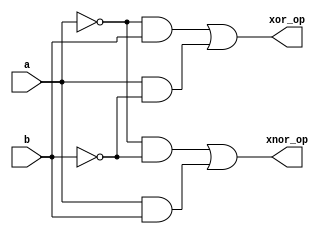
`timescale 1ns / 1ps
//////////////////////////////////////////////////////////////////////////////////
// Company:        Code-Tronix
// 
// Design Name:    Special Gates Module
// Module Name:    sg 
// Project Name: 
// Target Devices: 
// Tool versions: 
// Description: 
//
// Dependencies: 
//
// Revision: 1
// Revision 0.01 - File Created
// Additional Comments: 
//
//////////////////////////////////////////////////////////////////////////////////

//Special Gates Module
module sg(a,b, xor_op,xnor_op);
    input a,b;
    output xor_op,xnor_op;
	 assign xor_op=(~a&b)|(a&~b);
	 assign xnor_op=(~a&~b)|(a&b);
endmodule

//Test Bench Module
module tb();
	reg ta,tb;
	wire txor_op,txnor_op;
	sg mg(.a(ta),.b(tb),.xor_op(txor_op),.xnor_op(txnor_op));
	initial
	begin
		ta=0; tb=0; #10;
		ta=0; tb=1; #10;
		ta=1; tb=0; #10;
		ta=1; tb=1; #10;
	end
endmodule